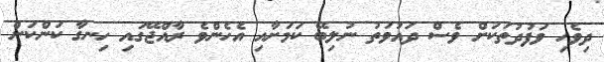
ދިވެހި ވަފުދުތަކަށް ވެސް ދައުވަތު ނުލިބޭ ކަމަށާއި އެހެންވެ ރާއްޖޭގައި ހިނގާ ކަންކަން